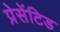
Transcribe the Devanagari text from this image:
प्रेसेंटिड